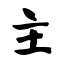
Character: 主